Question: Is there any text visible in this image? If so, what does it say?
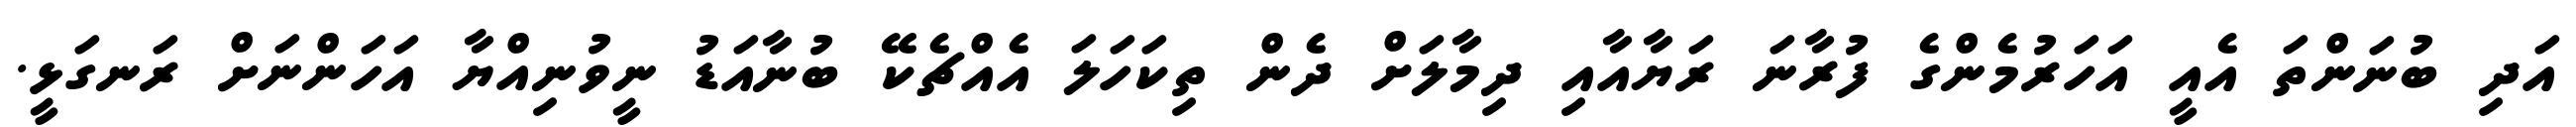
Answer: އަދި ބުނަންތަ އެއީ އަހަރުމެންގެ ފުރާނަ ރަޔާއާއި ދިމާލަށް ދެން ތިކަހަލަ އެއްޗެކޭ ބުނާއަޑު ނީވުނިއްޔާ އަހަންނަށް ރަނގަޅީ.